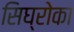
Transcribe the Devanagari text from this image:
सिघ्रोका